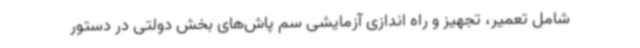
شامل تعمیر، تجهیز و راه اندازی آزمایشی سم پاش‌های بخش دولتی در دستور